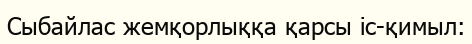
Сыбайлас жемқорлыққа қарсы іс-қимыл: